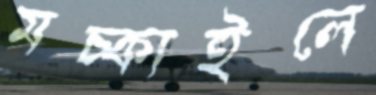
মচ্‌কাইলে